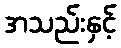
အသည်းနှင့်